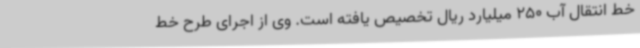
خط انتقال آب 250 میلیارد ریال تخصیص یافته است. وی از اجرای طرح خط